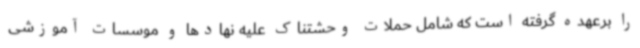
را برعهده گرفته است که شامل حملات وحشتناک علیه نهادها و موسسات آموزشی